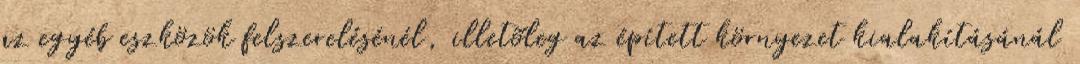
az egyéb eszközök felszerelésénél, illetõleg az épített környezet kialakításánál